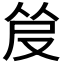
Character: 𰆿